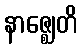
နာဇ္ဈေတိ